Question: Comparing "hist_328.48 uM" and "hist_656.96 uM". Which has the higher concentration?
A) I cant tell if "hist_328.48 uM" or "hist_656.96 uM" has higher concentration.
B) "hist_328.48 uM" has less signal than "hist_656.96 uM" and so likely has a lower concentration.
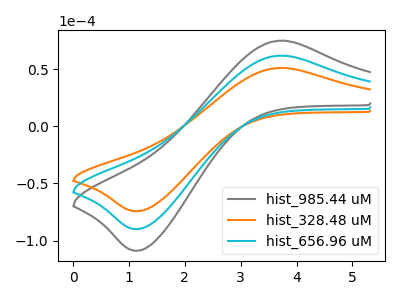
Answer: <think>The gray curve "hist_985.44 uM" has an anodic peak at (3.75V, 124.00uA) and a cathodic peak at (1.15V, -179.90uA). The orange curve "hist_328.48 uM" has an anodic peak at (3.75V, 51.20uA) and a cathodic peak at (1.15V, -74.30uA). The cyan curve "hist_656.96 uM" has an anodic peak at (3.75V, 62.00uA) and a cathodic peak at (1.15V, -89.95uA).
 All the peaks in "hist_328.48 uM" have a peak in "hist_656.96 uM" at the same potential. Every peak in "hist_328.48 uM" is lower than every peak in "hist_656.96 uM".</think>
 <answer>B) "hist_328.48 uM" has less signal than "hist_656.96 uM" and so likely has a lower concentration.</answer>
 <eval>B</eval>